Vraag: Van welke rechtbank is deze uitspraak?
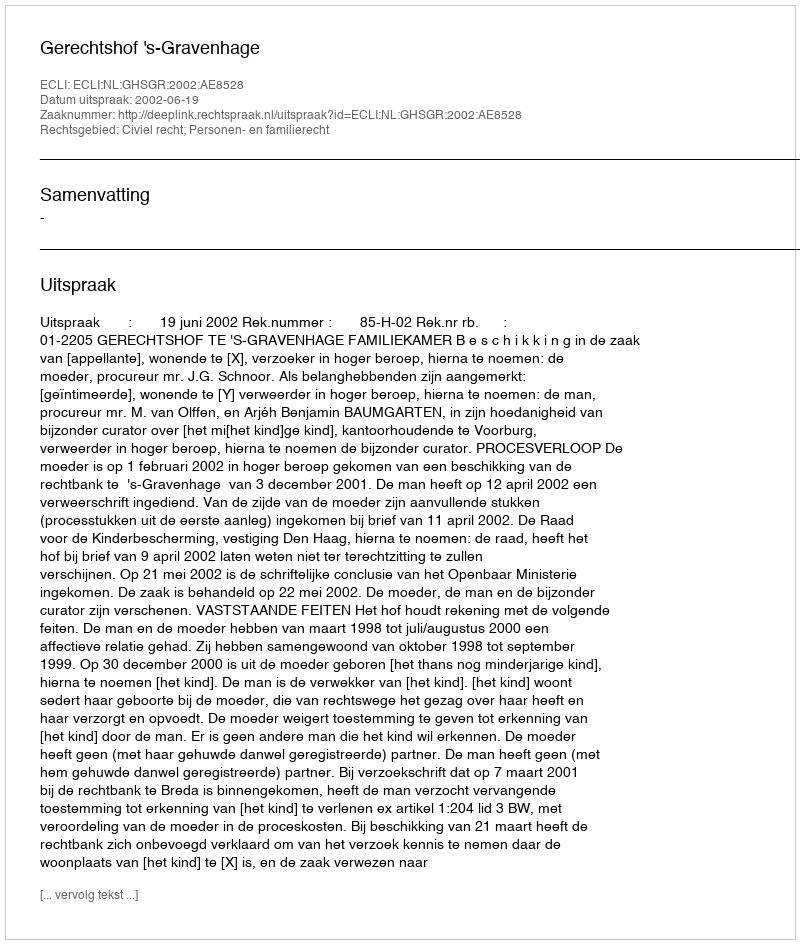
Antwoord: Gerechtshof 's-Gravenhage